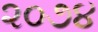
૨૦૭૪